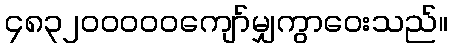
၄၈၃၂၀၀၀၀၀ကျော်မျှကွာဝေးသည်။